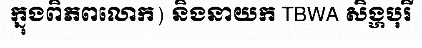
ក្នុងពិភពលោក) និងនាយក TBWA សិង្ហបុរី